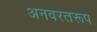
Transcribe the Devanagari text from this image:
अनवरतरूप